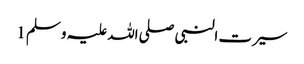
سیرت النبی صلی اللہ علیہ وسلم 1